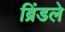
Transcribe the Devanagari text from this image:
ब्रिंडले